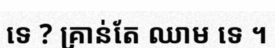
ទេ ? គ្រាន់តែ ឈាម ទេ ។